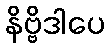
နိဗ္ဗိဒါပေ